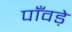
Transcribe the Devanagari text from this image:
पाँवड़े